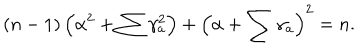
LaTeX: ( n - 1 ) \left( \alpha ^ { 2 } + \sum \gamma _ { a } ^ { 2 } \right) + \left( \alpha + \sum \gamma _ { a } \right) ^ { 2 } = n .